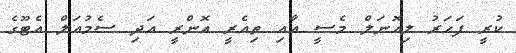
ކުރީ ފަހަރު ލިއޮނަލް މެސީ އާއި ތިއެރީ އޮންރީ އަދި ސެމުއަލް އެޓޫގެ